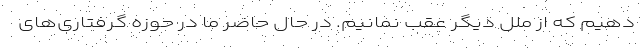
دهیم که از ملل دیگر عقب نمانیم. در حال حاضر ما در حوزه گرفتاری‌های